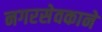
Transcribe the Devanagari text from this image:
नगरसेवकाने